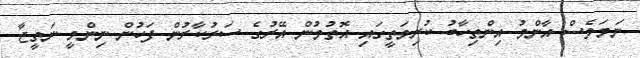
ނަމަވެސް އާންމު އިންތިހާބު ކުރިމަތީގައި އޮތުމުން އޭރުގެ ސަރުކާރުން ފަހުން ނިންމީ ނަތީޖާ